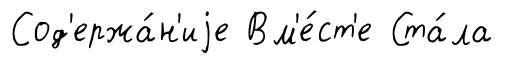
Сод'ержа́н'иjе Вм'е́ст'е Ста́ла